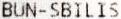
BUN-SBILIS